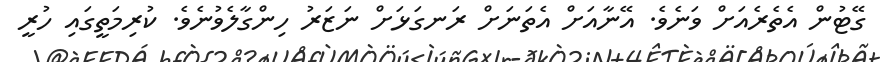
ގޭޓުން އެތެރެއަށް ވަނެވެ. އޭނާއަށް އެތަނަށް ރަނގަޅަށް ނަޒަރު ހިންގާލެވުނެވެ. ކުރިމަތީގައި ހުރީ